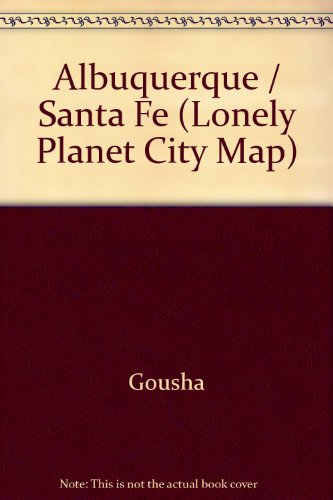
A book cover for Gousha City Metro Maps: New Mexico, Albuquerque, Santa Fe (Lonely Planet City Map); Gousha; Travel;